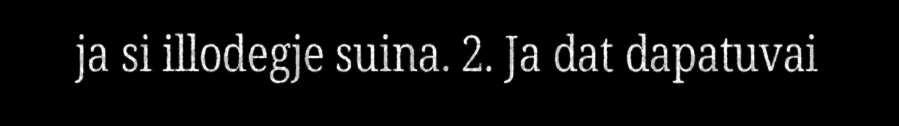
ja si illodegje suina. 2. Ja dat dapatuvai